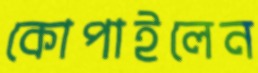
কোপাইলেন